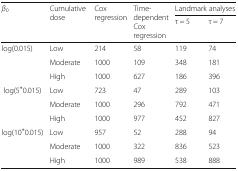
<table><thead><tr><td rowspan="2"><b><i>β</i><sub>0</sub></b></td><td rowspan="2"><b>Cumulative dose</b></td><td rowspan="2"><b>Cox regression</b></td><td rowspan="2"><b>Time-dependentCox regression</b></td><td colspan="2"><b>Landmark analyses</b></td></tr><tr><td><b>τ = 5</b></td><td><b>τ = 7</b></td></tr></thead><tbody><tr><td rowspan="3">log(0.015)</td><td>Low</td><td>214</td><td>58</td><td>119</td><td>74</td></tr><tr><td>Moderate</td><td>1000</td><td>109</td><td>348</td><td>181</td></tr><tr><td>High</td><td>1000</td><td>627</td><td>186</td><td>396</td></tr><tr><td rowspan="3">log(5<sup>∗</sup>0.015)</td><td>Low</td><td>723</td><td>47</td><td>289</td><td>103</td></tr><tr><td>Moderate</td><td>1000</td><td>296</td><td>792</td><td>471</td></tr><tr><td>High</td><td>1000</td><td>977</td><td>452</td><td>827</td></tr><tr><td rowspan="3">log(10<sup>∗</sup>0.015)</td><td>Low</td><td>957</td><td>52</td><td>288</td><td>94</td></tr><tr><td>Moderate</td><td>1000</td><td>322</td><td>836</td><td>523</td></tr><tr><td>High</td><td>1000</td><td>989</td><td>538</td><td>888</td></tr></tbody></table>